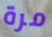
مرة